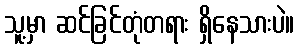
သူ့မှာ ဆင်ခြင်တုံတရား ရှိနေသားပဲ။